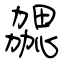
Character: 勰